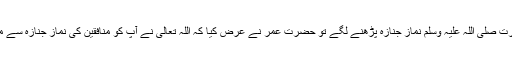
جب آنحضرت صلی اللہ علیہ وسلم نمازِ جنازہ پڑھنے لگے تو حضرت عمرؓ نے عرض کیا کہ اللہ تعالیٰ نے آپؐ کو منافقین کی نمازِ جنازہ سے منع کیا ہے۔